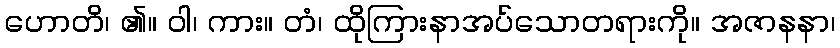
ဟောတိ၊ ၏။ ဝါ၊ ကား။ တံ၊ ထိုကြားနာအပ်သောတရားကို။ အဇာနနာ၊